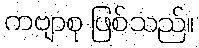
ကဗျာစု ဖြစ်သည်။